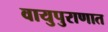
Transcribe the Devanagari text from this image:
वायुपुराणात